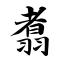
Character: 翥